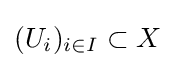
(U_{i})_{i\in I}\subset X